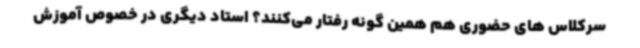
سرکلاس های حضوری هم همین گونه رفتار می‌کنند؟ استاد دیگری در خصوص آموزش